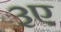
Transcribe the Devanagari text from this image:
३ए